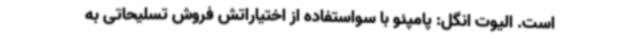
است. الیوت انگل: پامپئو با سواستفاده از اختیاراتش فروش تسلیحاتی به